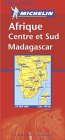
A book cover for Michelin Afrique Centre et Sud Madagascar/ Africa Central & South, Madagascar; Michelin Travel Publications; Travel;